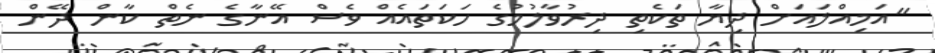
"އަމިއްލައަށް ދިޔާ ތަކެތި ދިރުވާލުމުގެ ހަކަތައެއް ވެސް އޭނާގެ ނެތް ކާން ދޭން